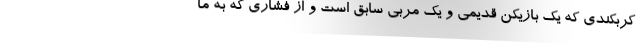
کربکندی که یک بازیکن قدیمی و یک مربی سابق است و از فشاری که به ما